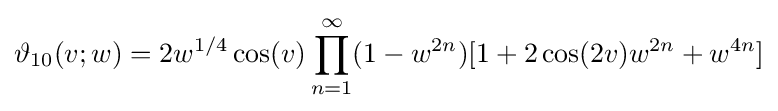
\vartheta _{10}(v;w)=2w^{1/4}\cos(v)\prod _{n=1}^{\infty }(1-w^{2n})[1+2\cos(2v)w^{2n}+w^{4n}]